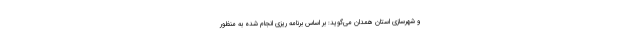
و شهرسازی استان همدان می‌گوید: بر اساس برنامه ریزی انجام شده به منظور